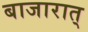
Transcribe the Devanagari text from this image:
बाजारात्‌